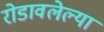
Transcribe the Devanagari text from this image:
रोडावलेल्या